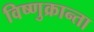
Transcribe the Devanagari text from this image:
विष्णुक्रान्ता